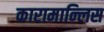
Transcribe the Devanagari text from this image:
कारामान्लिस